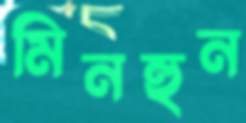
মিনহুন